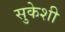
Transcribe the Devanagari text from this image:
सुकेशी